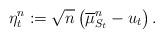
LaTeX: \begin{align*} \eta_{t}^{n}:=\sqrt{n}\left( \overline{\mu}^{n}_{S_{t}} - u_{t} \right).\end{align*}